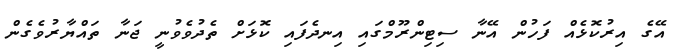
އޭގެ އިރުކޮޅެއް ފަހުން އޭނާ ސިޓިންރޫމްގައި އިނދެފައި ކޮޅަށް ތެދުވެވުނީ ޖަނާ ތައްޔާރުވެގެން